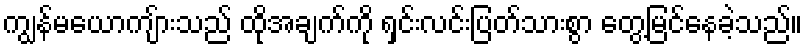
ကျွန်မယောကျ်ားသည် ထိုအချက်ကို ရှင်းလင်းပြတ်သားစွာ တွေ့မြင်နေခဲ့သည်။